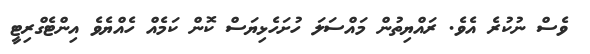
ވެސް ނުކުރެ އެވެ. ރައްޔިތުން މައްސަލަ ހުށަހެޅިޔަސް ކޮން ކަމެއް ހެއްޔެވެ އިންޓެގްރިޓީ